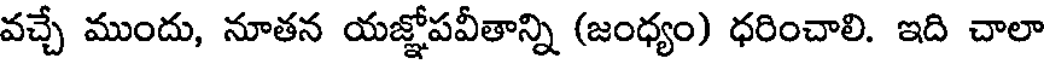
వచ్చే ముందు, నూతన యజ్ఞోపవీతాన్ని (జంధ్యం) ధరించాలి. ఇది చాలా